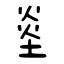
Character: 烾